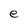
Character: e